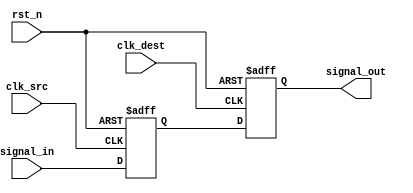
module signal_level_crossing_synchronizer #(
    parameter WIDTH = 1 // Width of the input signal
)(
    input wire clk_src,                // Source clock
    input wire clk_dest,               // Destination clock
    input wire rst_n,                  // Asynchronous active-low reset
    input wire [WIDTH-1:0] signal_in,  // Input signal from source clock domain
    output reg [WIDTH-1:0] signal_out  // Synchronized output signal for destination clock domain
);

    // Internal signals for the dual flip-flop synchronizer
    reg [WIDTH-1:0] sync_ff1; // First flip-flop output

    // First flip-flop: samples signal_in on the rising edge of clk_src
    always @(posedge clk_src or negedge rst_n) begin
        if (!rst_n) begin
            sync_ff1 <= {WIDTH{1'b0}}; // Initialize to 0 on reset
        end else begin
            sync_ff1 <= signal_in; // Sample the input signal
        end
    end

    // Second flip-flop: samples sync_ff1 on the rising edge of clk_dest
    always @(posedge clk_dest or negedge rst_n) begin
        if (!rst_n) begin
            signal_out <= {WIDTH{1'b0}}; // Initialize to 0 on reset
        end else begin
            signal_out <= sync_ff1; // Output the synchronized signal
        end
    end

endmodule